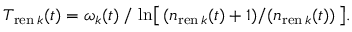
T _ { \mathrm { r e n } \, k } ( t ) = \omega _ { k } ( t ) \, / \, \ln \bigl [ \, ( n _ { \mathrm { r e n } \, k } ( t ) + 1 ) / ( n _ { \mathrm { r e n } \, k } ( t ) ) \, \bigr ] .